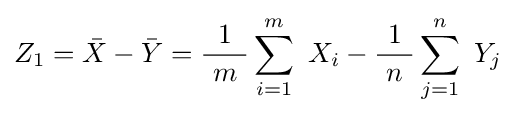
Z_{1}={\bar {X}}-{\bar {Y}}={\frac {1}{\ m\ }}\sum _{i=1}^{m}\ X_{i}-{\frac {1}{\ n\ }}\sum _{j=1}^{n}\ Y_{j}\